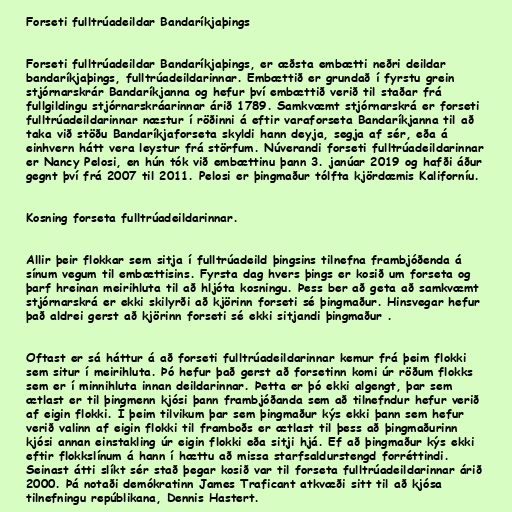
Forseti fulltrúadeildar Bandaríkjaþings

Forseti fulltrúadeildar Bandaríkjaþings, er æðsta embætti neðri deildar
bandaríkjaþings, fulltrúadeildarinnar. Embættið er grundað í fyrstu grein
stjórnarskrár Bandaríkjanna og hefur því embættið verið til staðar frá
fullgildingu stjórnarskráarinnar árið 1789. Samkvæmt stjórnarskrá er forseti
fulltrúadeildarinnar næstur í röðinni á eftir varaforseta Bandaríkjanna til að
taka við stöðu Bandaríkjaforseta skyldi hann deyja, segja af sér, eða á
einhvern hátt vera leystur frá störfum. Núverandi forseti fulltrúadeildarinnar
er Nancy Pelosi, en hún tók við embættinu þann 3. janúar 2019 og hafði áður
gegnt því frá 2007 til 2011. Pelosi er þingmaður tólfta kjördæmis Kaliforníu.

Kosning forseta fulltrúadeildarinnar.

Allir þeir flokkar sem sitja í fulltrúadeild þingsins tilnefna frambjóðenda á
sínum vegum til embættisins. Fyrsta dag hvers þings er kosið um forseta og
þarf hreinan meirihluta til að hljóta kosningu. Þess ber að geta að samkvæmt
stjórnarskrá er ekki skilyrði að kjörinn forseti sé þingmaður. Hinsvegar hefur
það aldrei gerst að kjörinn forseti sé ekki sitjandi þingmaður .

Oftast er sá háttur á að forseti fulltrúadeildarinnar kemur frá þeim flokki
sem situr í meirihluta. Þó hefur það gerst að forsetinn komi úr röðum flokks
sem er í minnihluta innan deildarinnar. Þetta er þó ekki algengt, þar sem
ætlast er til þingmenn kjósi þann frambjóðanda sem að tilnefndur hefur verið
af eigin flokki. Í þeim tilvikum þar sem þingmaður kýs ekki þann sem hefur
verið valinn af eigin flokki til framboðs er ætlast til þess að þingmaðurinn
kjósi annan einstakling úr eigin flokki eða sitji hjá. Ef að þingmaður kýs ekki
eftir flokkslínum á hann í hættu að missa starfsaldurstengd forréttindi.
Seinast átti slíkt sér stað þegar kosið var til forseta fulltrúadeildarinnar árið
2000. Þá notaði demókratinn James Traficant atkvæði sitt til að kjósa
tilnefningu repúblikana, Dennis Hastert.